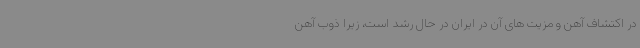
در اکتشاف آهن و مزیت های آن در ایران در حال رشد است، زیرا ذوب آهن